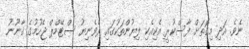
ނެވެ. އަދި މިގޮތަށް ފާސްކުރީ އެކިއެކި ލިޔުންތަކުގައި ރެވެނިޔު ސްޓޭމްޕް ޖެހުމުގެ ޤާނޫނު